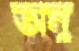
অনু